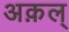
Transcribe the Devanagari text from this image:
अक़ल्‌